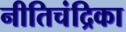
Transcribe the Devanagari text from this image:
नीतिचंद्रिका